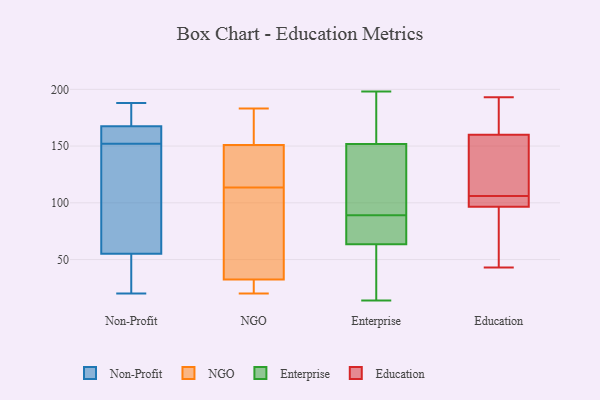
{"axis": {"x": "Website Visitors", "y": "Value"}, "legend": ["Education", "Enterprise", "NGO", "Non-Profit"], "data": [{"x": "", "y": 118, "type": "Non-Profit"}, {"x": "", "y": 165, "type": "Non-Profit"}, {"x": "", "y": 170, "type": "Non-Profit"}, {"x": "", "y": 158, "type": "Non-Profit"}, {"x": "", "y": 151, "type": "Non-Profit"}, {"x": "", "y": 37, "type": "Non-Profit"}, {"x": "", "y": 156, "type": "Non-Profit"}, {"x": "", "y": 25, "type": "Non-Profit"}, {"x": "", "y": 101, "type": "Non-Profit"}, {"x": "", "y": 188, "type": "Non-Profit"}, {"x": "", "y": 66, "type": "Non-Profit"}, {"x": "", "y": 177, "type": "Non-Profit"}, {"x": "", "y": 44, "type": "Non-Profit"}, {"x": "", "y": 153, "type": "Non-Profit"}, {"x": "", "y": 185, "type": "Non-Profit"}, {"x": "", "y": 20, "type": "Non-Profit"}, {"x": "", "y": 178, "type": "NGO"}, {"x": "", "y": 20, "type": "NGO"}, {"x": "", "y": 134, "type": "NGO"}, {"x": "", "y": 145, "type": "NGO"}, {"x": "", "y": 30, "type": "NGO"}, {"x": "", "y": 35, "type": "NGO"}, {"x": "", "y": 23, "type": "NGO"}, {"x": "", "y": 183, "type": "NGO"}, {"x": "", "y": 157, "type": "NGO"}, {"x": "", "y": 68, "type": "NGO"}, {"x": "", "y": 141, "type": "NGO"}, {"x": "", "y": 93, "type": "NGO"}, {"x": "", "y": 94, "type": "Enterprise"}, {"x": "", "y": 126, "type": "Enterprise"}, {"x": "", "y": 145, "type": "Enterprise"}, {"x": "", "y": 67, "type": "Enterprise"}, {"x": "", "y": 17, "type": "Enterprise"}, {"x": "", "y": 178, "type": "Enterprise"}, {"x": "", "y": 159, "type": "Enterprise"}, {"x": "", "y": 154, "type": "Enterprise"}, {"x": "", "y": 80, "type": "Enterprise"}, {"x": "", "y": 22, "type": "Enterprise"}, {"x": "", "y": 14, "type": "Enterprise"}, {"x": "", "y": 198, "type": "Enterprise"}, {"x": "", "y": 63, "type": "Enterprise"}, {"x": "", "y": 15, "type": "Enterprise"}, {"x": "", "y": 95, "type": "Enterprise"}, {"x": "", "y": 89, "type": "Enterprise"}, {"x": "", "y": 86, "type": "Enterprise"}, {"x": "", "y": 179, "type": "Enterprise"}, {"x": "", "y": 65, "type": "Enterprise"}, {"x": "", "y": 85, "type": "Education"}, {"x": "", "y": 142, "type": "Education"}, {"x": "", "y": 99, "type": "Education"}, {"x": "", "y": 96, "type": "Education"}, {"x": "", "y": 98, "type": "Education"}, {"x": "", "y": 106, "type": "Education"}, {"x": "", "y": 193, "type": "Education"}, {"x": "", "y": 178, "type": "Education"}, {"x": "", "y": 43, "type": "Education"}, {"x": "", "y": 154, "type": "Education"}, {"x": "", "y": 162, "type": "Education"}]}